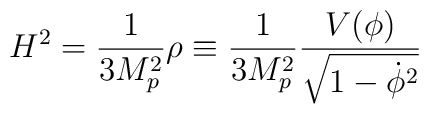
H^2={1 \over 3M_p^2} \rho \equiv {1 \over 3M_p^2}{V(\phi) \over {\sqrt{1-\dot{\phi}^2}}}